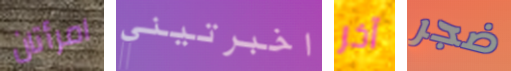
امرأتان اخبرتيني آخر ضجر